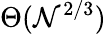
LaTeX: \Theta(\mathcal{N}^{2/3})